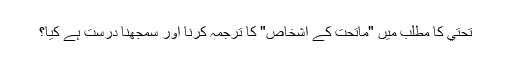
تحتي کا مطلب میں "ماتحت کے اشخاص" کا ترجمہ کرنا اور سمجھنا درست ہے کیا؟